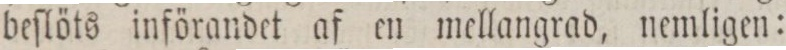
beſlöts införandet af en mellangrad, nemligen: